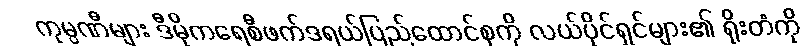
ကုမ္ပဏီများ ဒီမိုကရေစီဖက်ဒရယ်ပြည်ထောင်စုကို လယ်ပိုင်ရှင်များ၏ ရိုးတံကို